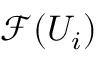
{ \mathcal { F } } ( U _ { i } )